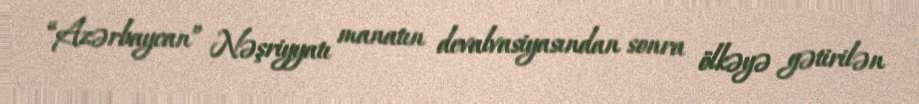
“Azərbaycan” Nəşriyyatı manatın devalvasiyasından sonra ölkəyə gətirilən